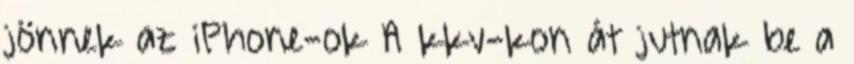
jönnek az iPhone-ok A kkv-kon át jutnak be a